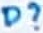
Text: D?